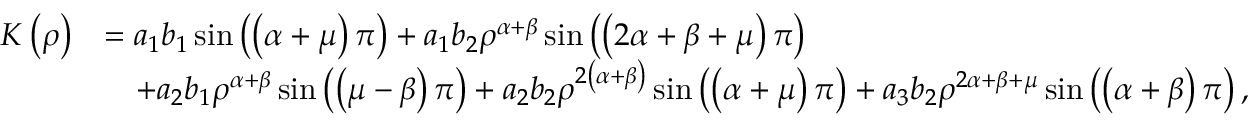
\begin{array} { r l } { K \left( \rho \right) } & { = a _ { 1 } b _ { 1 } \sin \left( \left( \alpha + \mu \right) \pi \right) + a _ { 1 } b _ { 2 } \rho ^ { \alpha + \beta } \sin \left( \left( 2 \alpha + \beta + \mu \right) \pi \right) } \\ & { \quad + a _ { 2 } b _ { 1 } \rho ^ { \alpha + \beta } \sin \left( \left( \mu - \beta \right) \pi \right) + a _ { 2 } b _ { 2 } \rho ^ { 2 \left( \alpha + \beta \right) } \sin \left( \left( \alpha + \mu \right) \pi \right) + a _ { 3 } b _ { 2 } \rho ^ { 2 \alpha + \beta + \mu } \sin \left( \left( \alpha + \beta \right) \pi \right) , } \end{array}